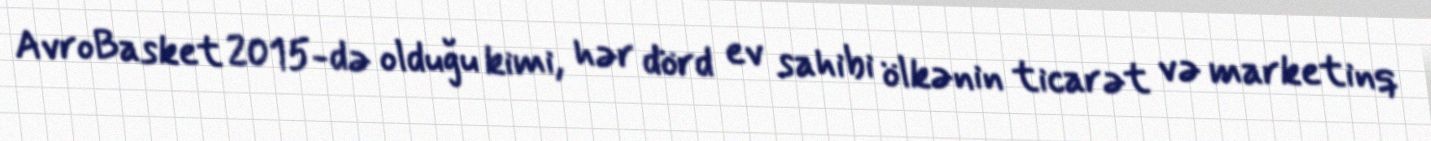
AvroBasket 2015-də olduğu kimi, hər dörd ev sahibi ölkənin ticarət və marketinq